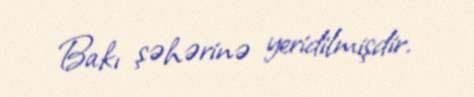
Bakı şəhərinə yeridilmişdir.